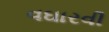
વઘારવી